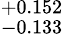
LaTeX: ^{+0.152}_{-0.133}